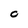
Character: 0